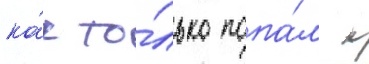
ка́к то́лько попа́л к